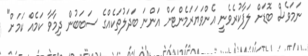
ނަމަވެސް ބޮޑަށް ލަފާކުރެވެނީ އެންވަޔަރަމެންޓަށް އަންނަ ބަދަލުތަކެއްގެ ސަބަބުން ދިމާވާ ކަމެއް ކަމަށް"